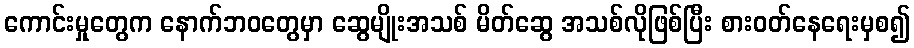
ကောင်းမှုတွေက နောက်ဘဝတွေမှာ ဆွေမျိုးအသစ် မိတ်ဆွေ အသစ်လိုဖြစ်ပြီး စားဝတ်နေရေးမှစ၍